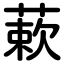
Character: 蔌